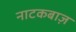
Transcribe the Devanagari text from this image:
नाटकबाज़